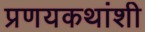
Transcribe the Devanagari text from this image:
प्रणयकथांशी